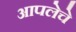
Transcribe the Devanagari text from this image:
आपलेचे